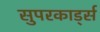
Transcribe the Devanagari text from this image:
सुपरकार्ड्स